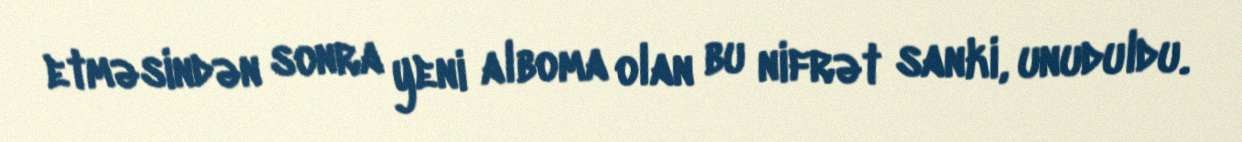
etməsindən sonra yeni alboma olan bu nifrət sanki, unuduldu.